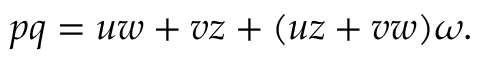
p q = u w + v z + ( u z + v w ) \omega .